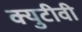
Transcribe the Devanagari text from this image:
क्युटीवी